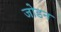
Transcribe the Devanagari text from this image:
जोडन